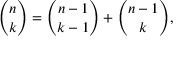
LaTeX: { \binom { n } { k } } = { \binom { n - 1 } { k - 1 } } + { \binom { n - 1 } { k } } ,